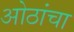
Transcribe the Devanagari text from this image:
ओठांचा